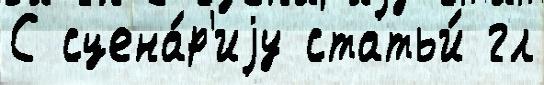
С сцена́р'иjу статьи́ гл